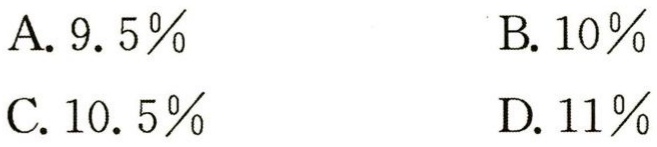
A. \(9.5\%\)

B. \(10\%\)

C. \(10.5\%\)

D. \(11\%\)